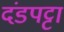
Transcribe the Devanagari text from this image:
दंडपट्टा